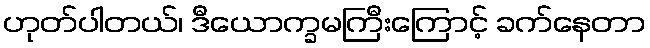
ဟုတ်ပါတယ်၊ ဒီယောက္ခမကြီးကြောင့် ခက်နေတာ